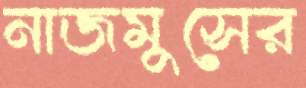
নাজমুসের